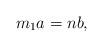
LaTeX: \begin{align*}m_1a=nb,\end{align*}